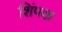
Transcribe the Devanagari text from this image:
शिंपक